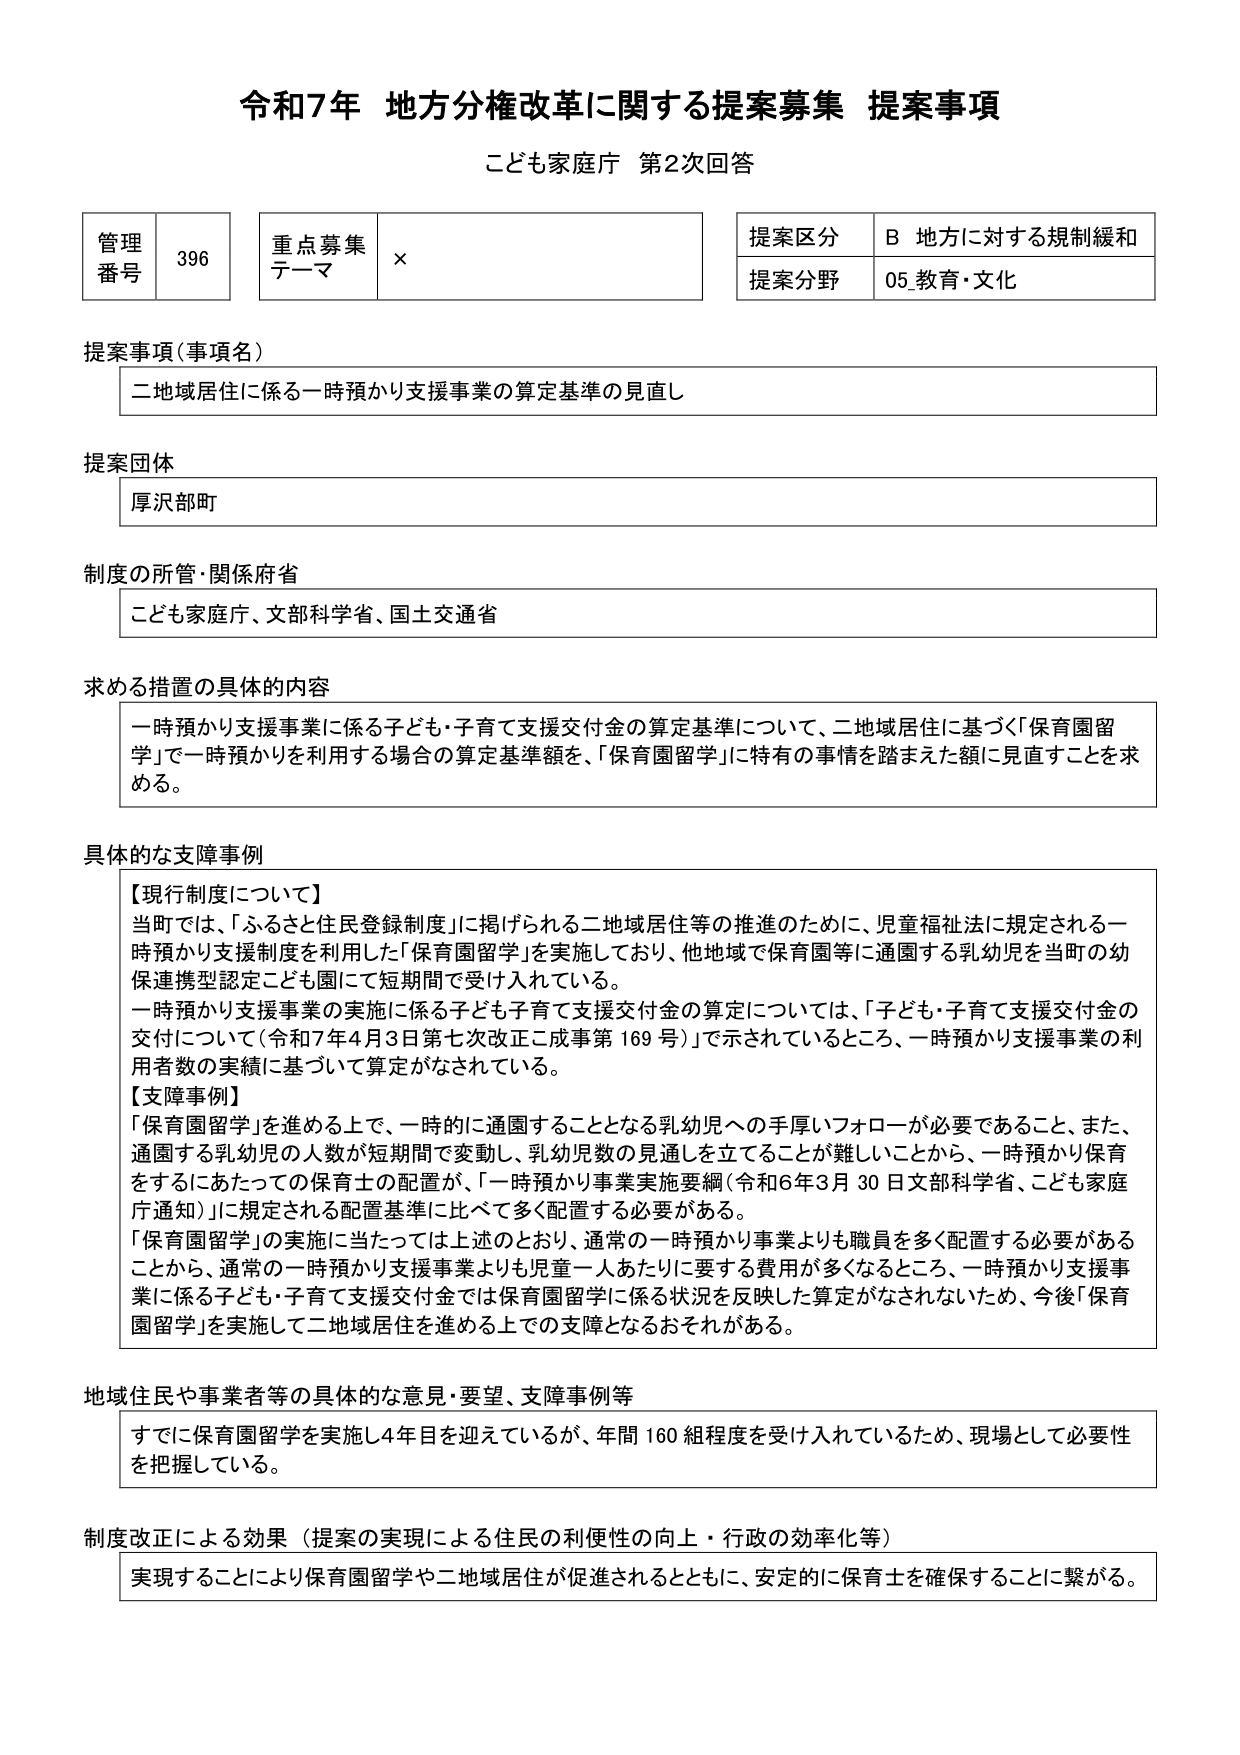
令和7年 地方分権改革に関する提案募集 提案事項
こども家庭庁 第2次回答

管理番号 396
重点募集テーマ ×
提案区分 B 地方に対する規制緩和
提案分野 05_教育・文化

提案事項（事項名）
二地域居住に係る一時預かり支援事業の算定基準の見直し

提案団体
厚沢部町

制度の所管・関係府省
こども家庭庁、文部科学省、国土交通省

求める措置の具体的内容
一時預かり支援事業に係る子ども・子育て支援交付金の算定基準について、二地域居住に基づく「保育園留学」で一時預かりを利用する場合の算定基準額を、「保育園留学」に特有の事情を踏まえた額に見直すことを求める。

具体的な支障事例
【現行制度について】
当町では、「ふるさと住民登録制度」に掲げられる二地域居住等の推進のために、児童福祉法に規定される一時預かり支援制度を利用した「保育園留学」を実施しており、他地域で保育園等に通園する乳幼児を当町の幼保連携型認定こども園にて短期間で受け入れている。
一時預かり支援事業の実施に係る子ども子育て支援交付金の算定については、「子ども・子育て支援交付金の交付について（令和7年4月3日第七次改正ご成事第169号）」で示されているところ、一時預かり支援事業の利用者数の実績に基づいて算定がなされている。
【支障事例】
「保育園留学」を進める上で、一時的に通園することとなる乳幼児への手厚いフォローが必要であること、また、通園する乳幼児の人数が短期間で変動し、乳幼児数の見通しを立てることが難しいことから、一時預かり保育をするにあたっての保育士の配置が、「一時預かり事業実施要綱（令和6年3月30日文部科学省、こども家庭庁通知）」に規定される配置基準に比べて多く配置する必要がある。
「保育園留学」の実施に当たっては上述のとおり、通常の一時預かり事業よりも職員を多く配置する必要があることから、通常の一時預かり支援事業よりも児童一人あたりに要する費用が多くなるところ、一時預かり支援事業に係る子ども・子育て支援交付金では保育園留学に係る状況を反映した算定がなされないため、今後「保育園留学」を実施して二地域居住を進める上での支障となるおそれがある。

地域住民や事業者等の具体的な意見・要望、支障事例等
すでに保育園留学を実施し4年目を迎えているが、年間160組程度を受け入れているため、現場として必要性を把握している。

制度改正による効果（提案の実現による住民の利便性の向上・行政の効率化等）
実現することにより保育園留学や二地域居住が促進されるとともに、安定的に保育士を確保することに繋がる。